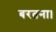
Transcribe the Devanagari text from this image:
बरतना।